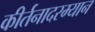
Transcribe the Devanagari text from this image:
कीर्तनादरम्यान